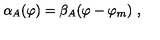
\alpha _ { A } ( \varphi ) = \beta _ { A } ( \varphi - \varphi _ { m } ) \ ,